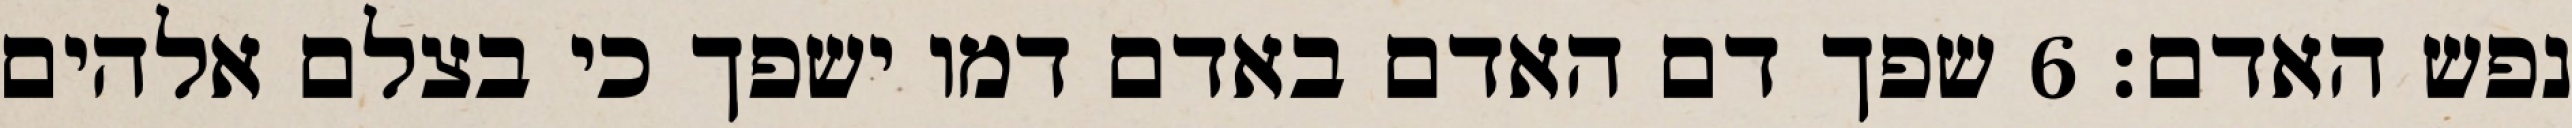
נפש האדם׃ ‎6‏ שפך דם האדם באדם דמו ישפך כי בצלם אלהים